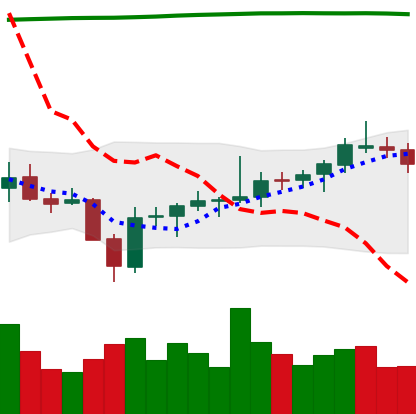
Ticker: BNB-USD
Chart end date: 2021-08-03
Forward return: 5.985%
Label: up_5_7